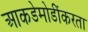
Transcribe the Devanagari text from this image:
आकडेमोडींकरता